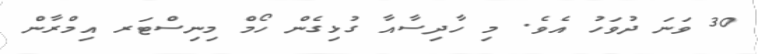
30 ވަނަ ދުވަހު އެވެ. މި ހާދިސާއާ ގުޅިގެން ހޯމް މިނިސްޓަރ އިމްރާން